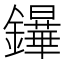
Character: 𨯮